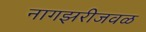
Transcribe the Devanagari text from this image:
नागझरीजवळ